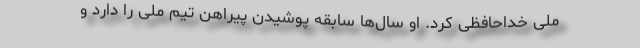
ملی خداحافظی کرد. او سال‌ها سابقه پوشیدن پیراهن تیم ملی را دارد و